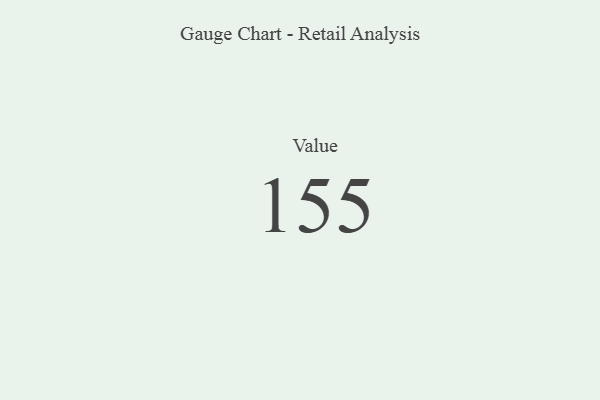
{"axis": {"x": "Metric", "y": "Value"}, "legend": [""], "data": [{"x": "Value", "y": 155, "type": ""}]}